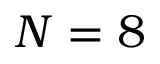
N = 8